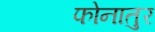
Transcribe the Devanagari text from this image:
फोनातुर